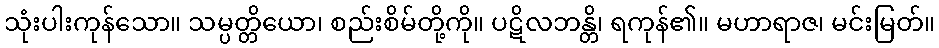
သုံးပါးကုန်သော။ သမ္ပတ္တိယော၊ စည်းစိမ်တို့ကို။ ပဋိလဘန္တိ၊ ရကုန်၏။ မဟာရာဇ၊ မင်းမြတ်။